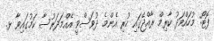
ފޮޓޯ: މުހައްމަދު ކާރިމް ރާއްޖޭގައި ހުރި އެންމެ ދުވަސްވީ އެއްމަދަރުސާ ކަމުގައިވާ ޅ.